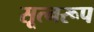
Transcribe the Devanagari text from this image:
सूत्नरूप